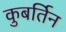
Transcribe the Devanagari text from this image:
कुबर्तिन